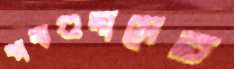
খাদ্যগুদামের